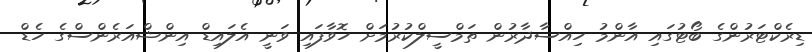
ޑިރެކްޓަރުންގެ ބޯޓުގައި އާންމު ހިއްސާދާރުން ތަމްސީލްކުރުމަށް ހޮވާފައި ވަނީ އެލައިޑް އިންޝްއަރެންސްގެ ހެޑް